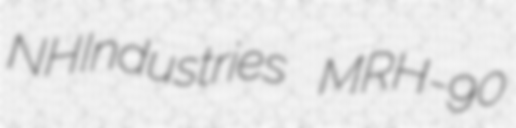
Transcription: NHIndustries MRH-90